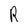
Character: R